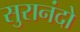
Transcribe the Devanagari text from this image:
सुरानंदो